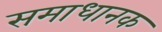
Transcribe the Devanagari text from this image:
समाधानक